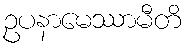
ဥပနာမေဿာမီတိ